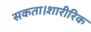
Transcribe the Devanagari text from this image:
सकता।शारीरिक